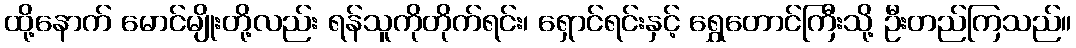
ထို့နောက် မောင်မျိုးတို့လည်း ရန်သူကိုတိုက်ရင်း၊ ရှောင်ရင်းနှင့် ရွှေတောင်ကြီးသို့ ဦးတည်ကြသည်။